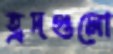
হ্রদগুলো